Indian Civil Veterinary Department memoirs
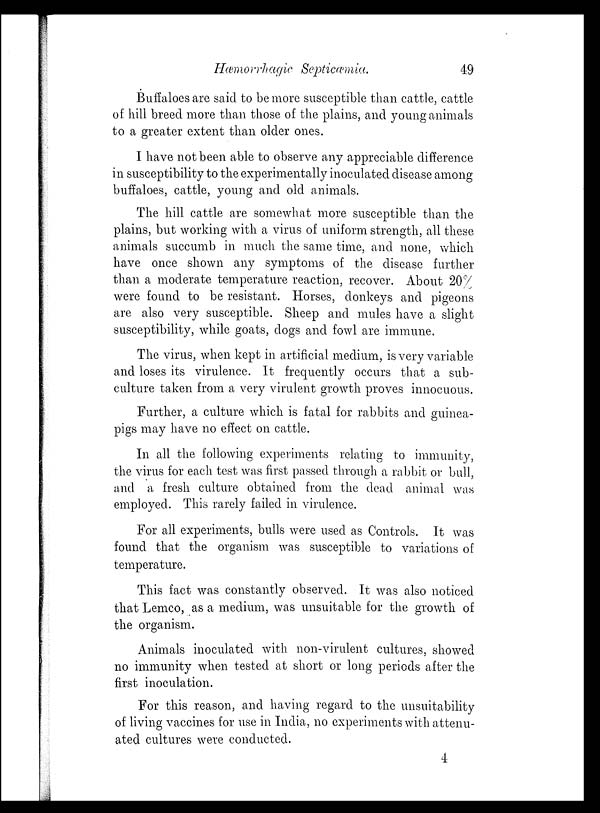
Hæmorrhagic Septiæmia.
49
Buffaloes are said to be more susceptible than cattle, cattle
of hill breed more than those of the plains, and young animals
to a greater extent than older ones.
I have not been able to observe any appreciable difference
in susceptibility to the experimentally inoculated disease among
buffaloes, cattle, young and old animals.
The hill cattle are somewhat more susceptible than the
plains, but working with a virus of uniform strength, all these
animals succumb in much the same time, and none, which
have once shown any symptoms of the disease further
than a moderate temperature reaction, recover. About 20%
were found to be resistant. Horses, donkeys and pigeons
are also very susceptible. Sheep and mules have a slight
susceptibility, while goats, dogs and fowl are immune.
The virus, when kept in artificial medium, is very variable
and loses its virulence. It frequently occurs that a sub-
culture taken from a very virulent growth proves innocuous.
Further, a culture which is fatal for rabbits and guinea-
pigs may have no effect on cattle.
In all the following experiments relating to immunity,
the virus for each test was first passed through a rabbit or bull,
and a fresh culture obtained from the dead animal was
employed. This rarely failed in virulence.
For all experiments, bulls were used as Controls. It was
found that the organism was susceptible to variations of
temperature.
This fact was constantly observed. It was also noticed
that Lemco, as a medium, was unsuitable for the growth of
the organism.
Animals inoculated with non-virulent cultures, showed
no immunity when tested at short or long periods after the
first inoculation.
For this reason, and having regard to the unsuitability
of living vaccines for use in India, no experiments with attenu-
ated cultures were conducted.
4